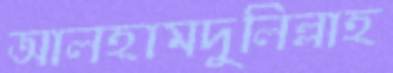
আলহামদুলিল্লাহ